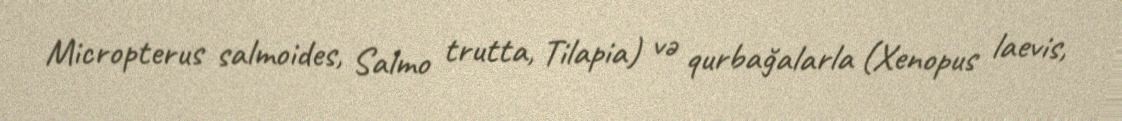
Micropterus salmoides, Salmo trutta, Tilapia) və qurbağalarla (Xenopus laevis,